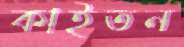
কাইতন